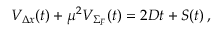
{ \cal V } _ { \Delta x } ( t ) + \mu ^ { 2 } { \cal V } _ { \Sigma _ { F } } ( t ) = 2 D t + { \cal S } ( t ) \, ,